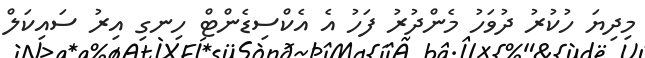
މިދިޔަ ހުކުރު ދުވަހު މެންދުރު ފަހު އެ އެކްސިޑެންޓް ހިނގި އިރު ސައިކަލް